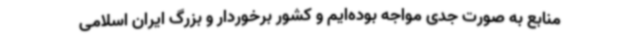
منابع به صورت جدی مواجه بوده‌ایم و کشور برخوردار و بزرگ ایران اسلامی